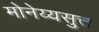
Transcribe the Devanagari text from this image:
मोनेय्यसुत्त